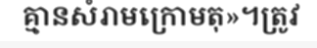
គ្មានសំរាមក្រោមតុ»។ត្រូវ